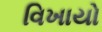
વિખાયો